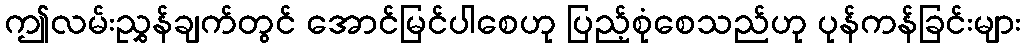
ဤလမ်းညွှန်ချက်တွင် အောင်မြင်ပါစေဟု ပြည့်စုံစေသည်ဟု ပုန်ကန်ခြင်းများ